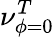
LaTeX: \nu_{\phi=0}^{T}